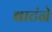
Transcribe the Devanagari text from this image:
बाटंने